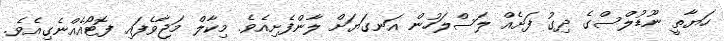
ހަޔާތީ ނޫޑުލްސްގެ ދިގު ފަށެއް ލަސްލަހުން އަނގަޔަށް ލާންފެށިއެވެ. މިކާލް މަޖާވެފައި ފޮޓޯއެއްނެގިއެވެ.